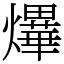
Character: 𤒹